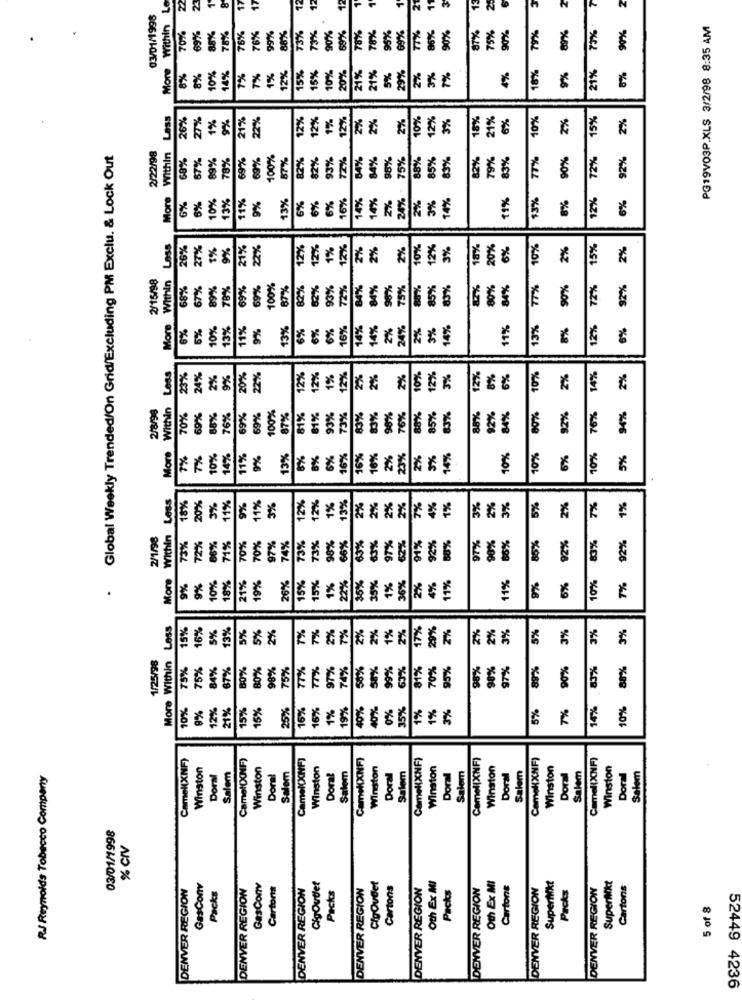
More Within Le
2
17
12
13
Z
Z
03/01/1998
N
88%
73%
69%
78%
95%
69%
89%
73%
90%
PG19V03P.XLS 3/2/98 8:35 AM
70%
6976
75%
76%
76%
99%
73%
90%
78%
86%
0%
87%
75%
90%
79X
18%
8%
0%
10%
14%
7%
7%
1%
12%
15%
15%
10%
20%
21%
21%
5%
29%
2%
3%
7%
4%
9%
21%
8%
Less
26%
1%
9%
21%
22%
12%
12%
1%
12%
2%
2%
2%
10%
12%
3%
18%
21%
6%
10%
2%
15%
2%
277
Global Weekly Trended/On Grid/Excluding PM Exclu. & Lock Out
2/22/98
More Within
67%
89%
78%
69%
69%
100%
87%
82%
82%
93%
72%
84%
84%
98%
24% . 75%
88%
85%
85%
82%
79%
83%
77%
90%
72%
92%
8%
10%
13%
11%
9%
13%
6%
6%
6%
16%
14%
14%
2%
2%
14%
11%
13%
12%
6%
6%
3%
8%
Loss
26%
27%
9%
21%
22%
12%
12%
1%
12%
2%
2%
2%
10%
12%
3%
18%
20%
6%
10%
2%
15%
2%
2/15/98
Within
68%
67%
89%
78%
69%
69%
100%
87%
82%
62%
93%
72%
84%
84%
95%
75%
80%
85%
83%
8%
00%
84%
77%
90%
72%
92%
More
5%
6%
10%
13%
1%
9%
13%
6%
6%
6%
16%
14%
14%
2%
24%
2%
14%
11%
13%
8%
12%
6%
Less
23%
24%
2%
9%
20%
22%
12%
12%
1%
12%
2%
2%
2%
10%
12%
3%
12%
8%
6%
10%
2%
14%
2%
Within
88%
92%
76%
2/8/98
70%
60%
88%
76%
69%
100%
87%
81%
93%
73%
83%
98%
76%
85%
83%
84%
80%
92%
94%
More
7%
7%
10%
14%
11%
9%
13%
8%
6%
16%
16%
16%
2%
23%
2%
3%
14%
10%
10%
6%
10%
5%
Less
11%
3%
12%
1%
13%
2%
4%
1%
18%
20%
3%
11%
9%
12%
2%
2%
2%
7%
375
2%
3%
5%
2%
7%
1%
2/1/98
Within
98%
63%
91%
92%
97%
90%
92%
73%
72%
86%
71%
70%
70%
97%
74%
73%
73%
66%
63%
97%
62%
80%
86%
85%
92%
83%
More
15%
35%
11%
9%
9%
10%
18%
21%
19%
26%
15%
1%
22%
15%
1%
36%
2%
4%
11%
9%
6%
10%
7%
Less
15%
16%
5%
13%
5%
5%
2%
7%
TX
2%
7%
2%
2%
1%
2%
17%
29%
2%
2%
5%
3%
3%
3%
3%
1/25/98
More Within
75%
75%
4%
87%
30%
80%
98%
75%%
77%
TTX
97%
74%
56%
SE%
99%
63%
31%
70%
95%
98%
98%
97%
89%
90%
83%
38%
10%
8%
12%
21%
15%
15%
25%
16%
16%
1%
19%
40%
10%
0%
35%
1%
1%
3%
5%
7%
14%
10%
Camel(XNF)
CamelO(NF)
Camel(XNF)
CameXNF)
Camel(XNF)
Camel(XNF)
Camel(XNF)
Camel(XNF)
Winston
Salem
Winston
Winston
Doral.
Winston
Salem
Winston
Winston
Salem
Winston
Salem
Winston
Salem
R.J Reynolds Tobacco Company
Doral
Doral
Salem
Salem
Doral
Doral
Salem
Doral
Doral
Doral
03/01/1998
% CIV
Oth Ex MI
Superikt
DENVER REGION
GasConv
Packs
DENVER REGION
GasConv
Cartons
DENVER REGION
CigOutlet
Packs
DENVER REGION
CigOvdet
Cartons
DENVER REGION
Oth Ex MI
Packs
DENVER REGION
Cartons
DENVER REGION
Superikt
Packs
DENVER REGION
Cartons
5 of 8
52449 4236